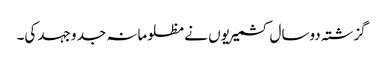
گزشتہ دوسال کشمیریوں نے مظلومانہ جد وجہد کی۔